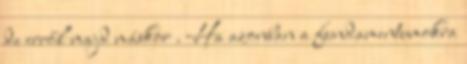
de erről majd máskor . Ha azonban a fundamentumokra